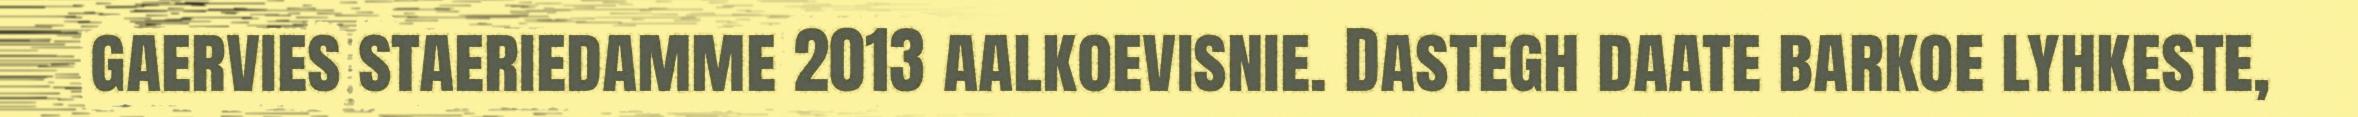
gaervies staeriedamme 2013 aalkoevisnie. Dastegh daate barkoe lyhkeste,